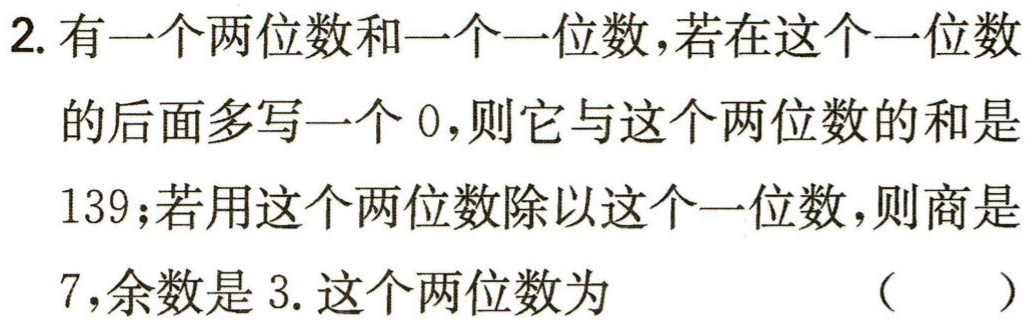
2. 有一个两位数和一个一位数，若在这个一位数的后面多写一个0，则它与这个两位数的和是139；若用这个两位数除以这个一位数，则商是7，余数是3. 这个两位数为 （  ）